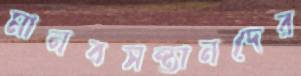
মানবসন্তানদের